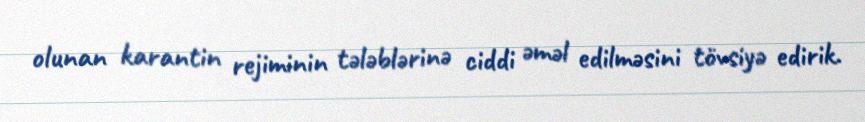
olunan karantin rejiminin tələblərinə ciddi əməl edilməsini tövsiyə edirik.